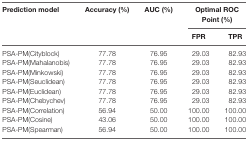
<table><thead><tr><td rowspan="2"><b>Prediction model</b></td><td rowspan="2"><b>Accuracy (%)</b></td><td rowspan="2"><b>AUC (%)</b></td><td colspan="2"><b>Optimal ROC Point (%)</b></td></tr><tr><td><b>FPR</b></td><td><b>TPR</b></td></tr></thead><tbody><tr><td>PSA-PM(Cityblock)</td><td>77.78</td><td>76.95</td><td>29.03</td><td>82.93</td></tr><tr><td>PSA-PM(Mahalanobis)</td><td>77.78</td><td>76.95</td><td>29.03</td><td>82.93</td></tr><tr><td>PSA-PM(Minkowski)</td><td>77.78</td><td>76.95</td><td>29.03</td><td>82.93</td></tr><tr><td>PSA-PM(Seuclidean)</td><td>77.78</td><td>76.95</td><td>29.03</td><td>82.93</td></tr><tr><td>PSA-PM(Euclidean)</td><td>77.78</td><td>76.95</td><td>29.03</td><td>82.93</td></tr><tr><td>PSA-PM(Chebychev)</td><td>77.78</td><td>76.95</td><td>29.03</td><td>82.93</td></tr><tr><td>PSA-PM(Correlation)</td><td>56.94</td><td>50.00</td><td>100.00</td><td>100.00</td></tr><tr><td>PSA-PM(Cosine)</td><td>43.06</td><td>50.00</td><td>100.00</td><td>100.00</td></tr><tr><td>PSA-PM(Spearman)</td><td>56.94</td><td>50.00</td><td>100.00</td><td>100.00</td></tr></tbody></table>